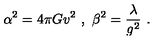
\alpha ^ { 2 } = 4 \pi G v ^ { 2 } \ , \ \beta ^ { 2 } = \frac { \lambda } { g ^ { 2 } } \ .